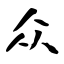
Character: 众